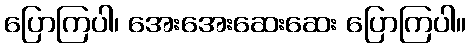
ပြောကြပါ၊ အေးအေးဆေးဆေး ပြောကြပါ။